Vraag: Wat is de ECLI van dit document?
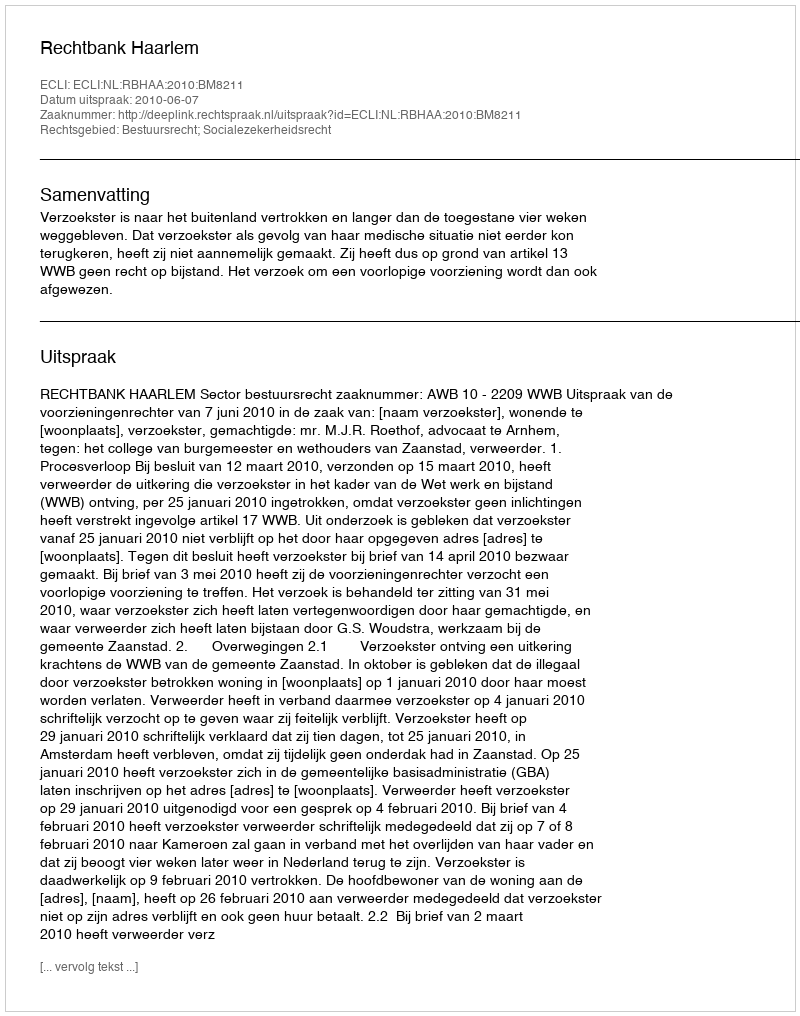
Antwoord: ECLI:NL:RBHAA:2010:BM8211